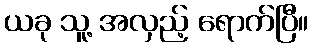
ယခု သူ့ အလှည့် ရောက်ပြီ။